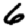
Digit: 6